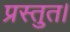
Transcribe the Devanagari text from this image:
प्रस्तुत।